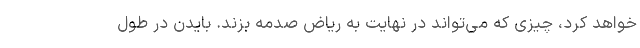
خواهد کرد، چیزی که می‌تواند در نهایت به ریاض صدمه بزند. بایدن در طول